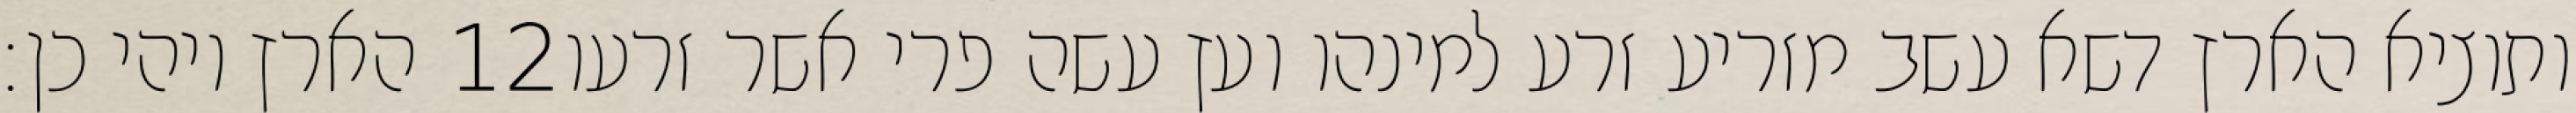
הארץ ויהי כן׃ ‎12‏ ותוציא הארץ דשא עשב מזריע זרע למינהו ועץ עשה פרי אשר זרעו